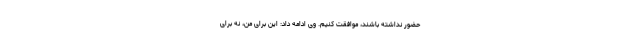
حضور نداشته باشند، موافقت کنیم. وی ادامه داد: این برای من، نه برای